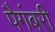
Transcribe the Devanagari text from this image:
पैगंबरी